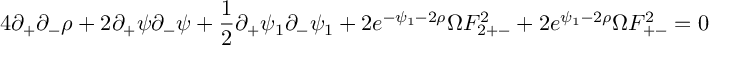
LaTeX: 4 \partial _ { + } \partial _ { - } \rho + 2 \partial _ { + } \psi \partial _ { - } \psi + \frac { 1 } { 2 } \partial _ { + } \psi _ { 1 } \partial _ { - } \psi _ { 1 } + 2 e ^ { - \psi _ { 1 } - 2 \rho } \Omega F _ { 2 + - } ^ { 2 } + 2 e ^ { \psi _ { 1 } - 2 \rho } \Omega F _ { + - } ^ { 2 } = 0